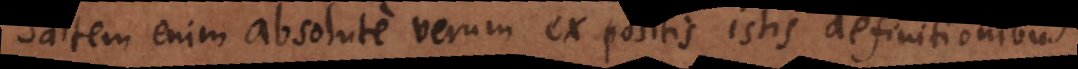
saltem enim absolute verum ex positis istis definitionibu